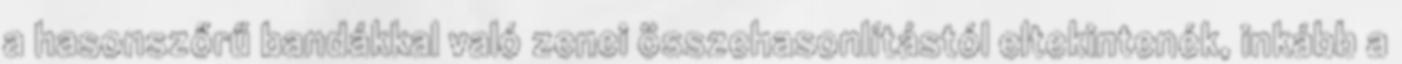
a hasonszőrű bandákkal való zenei összehasonlítástól eltekintenék, inkább a